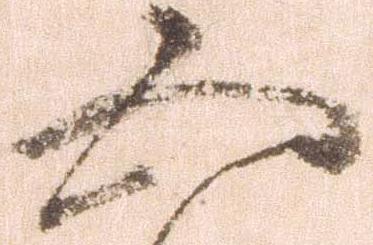
五